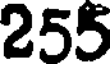
255